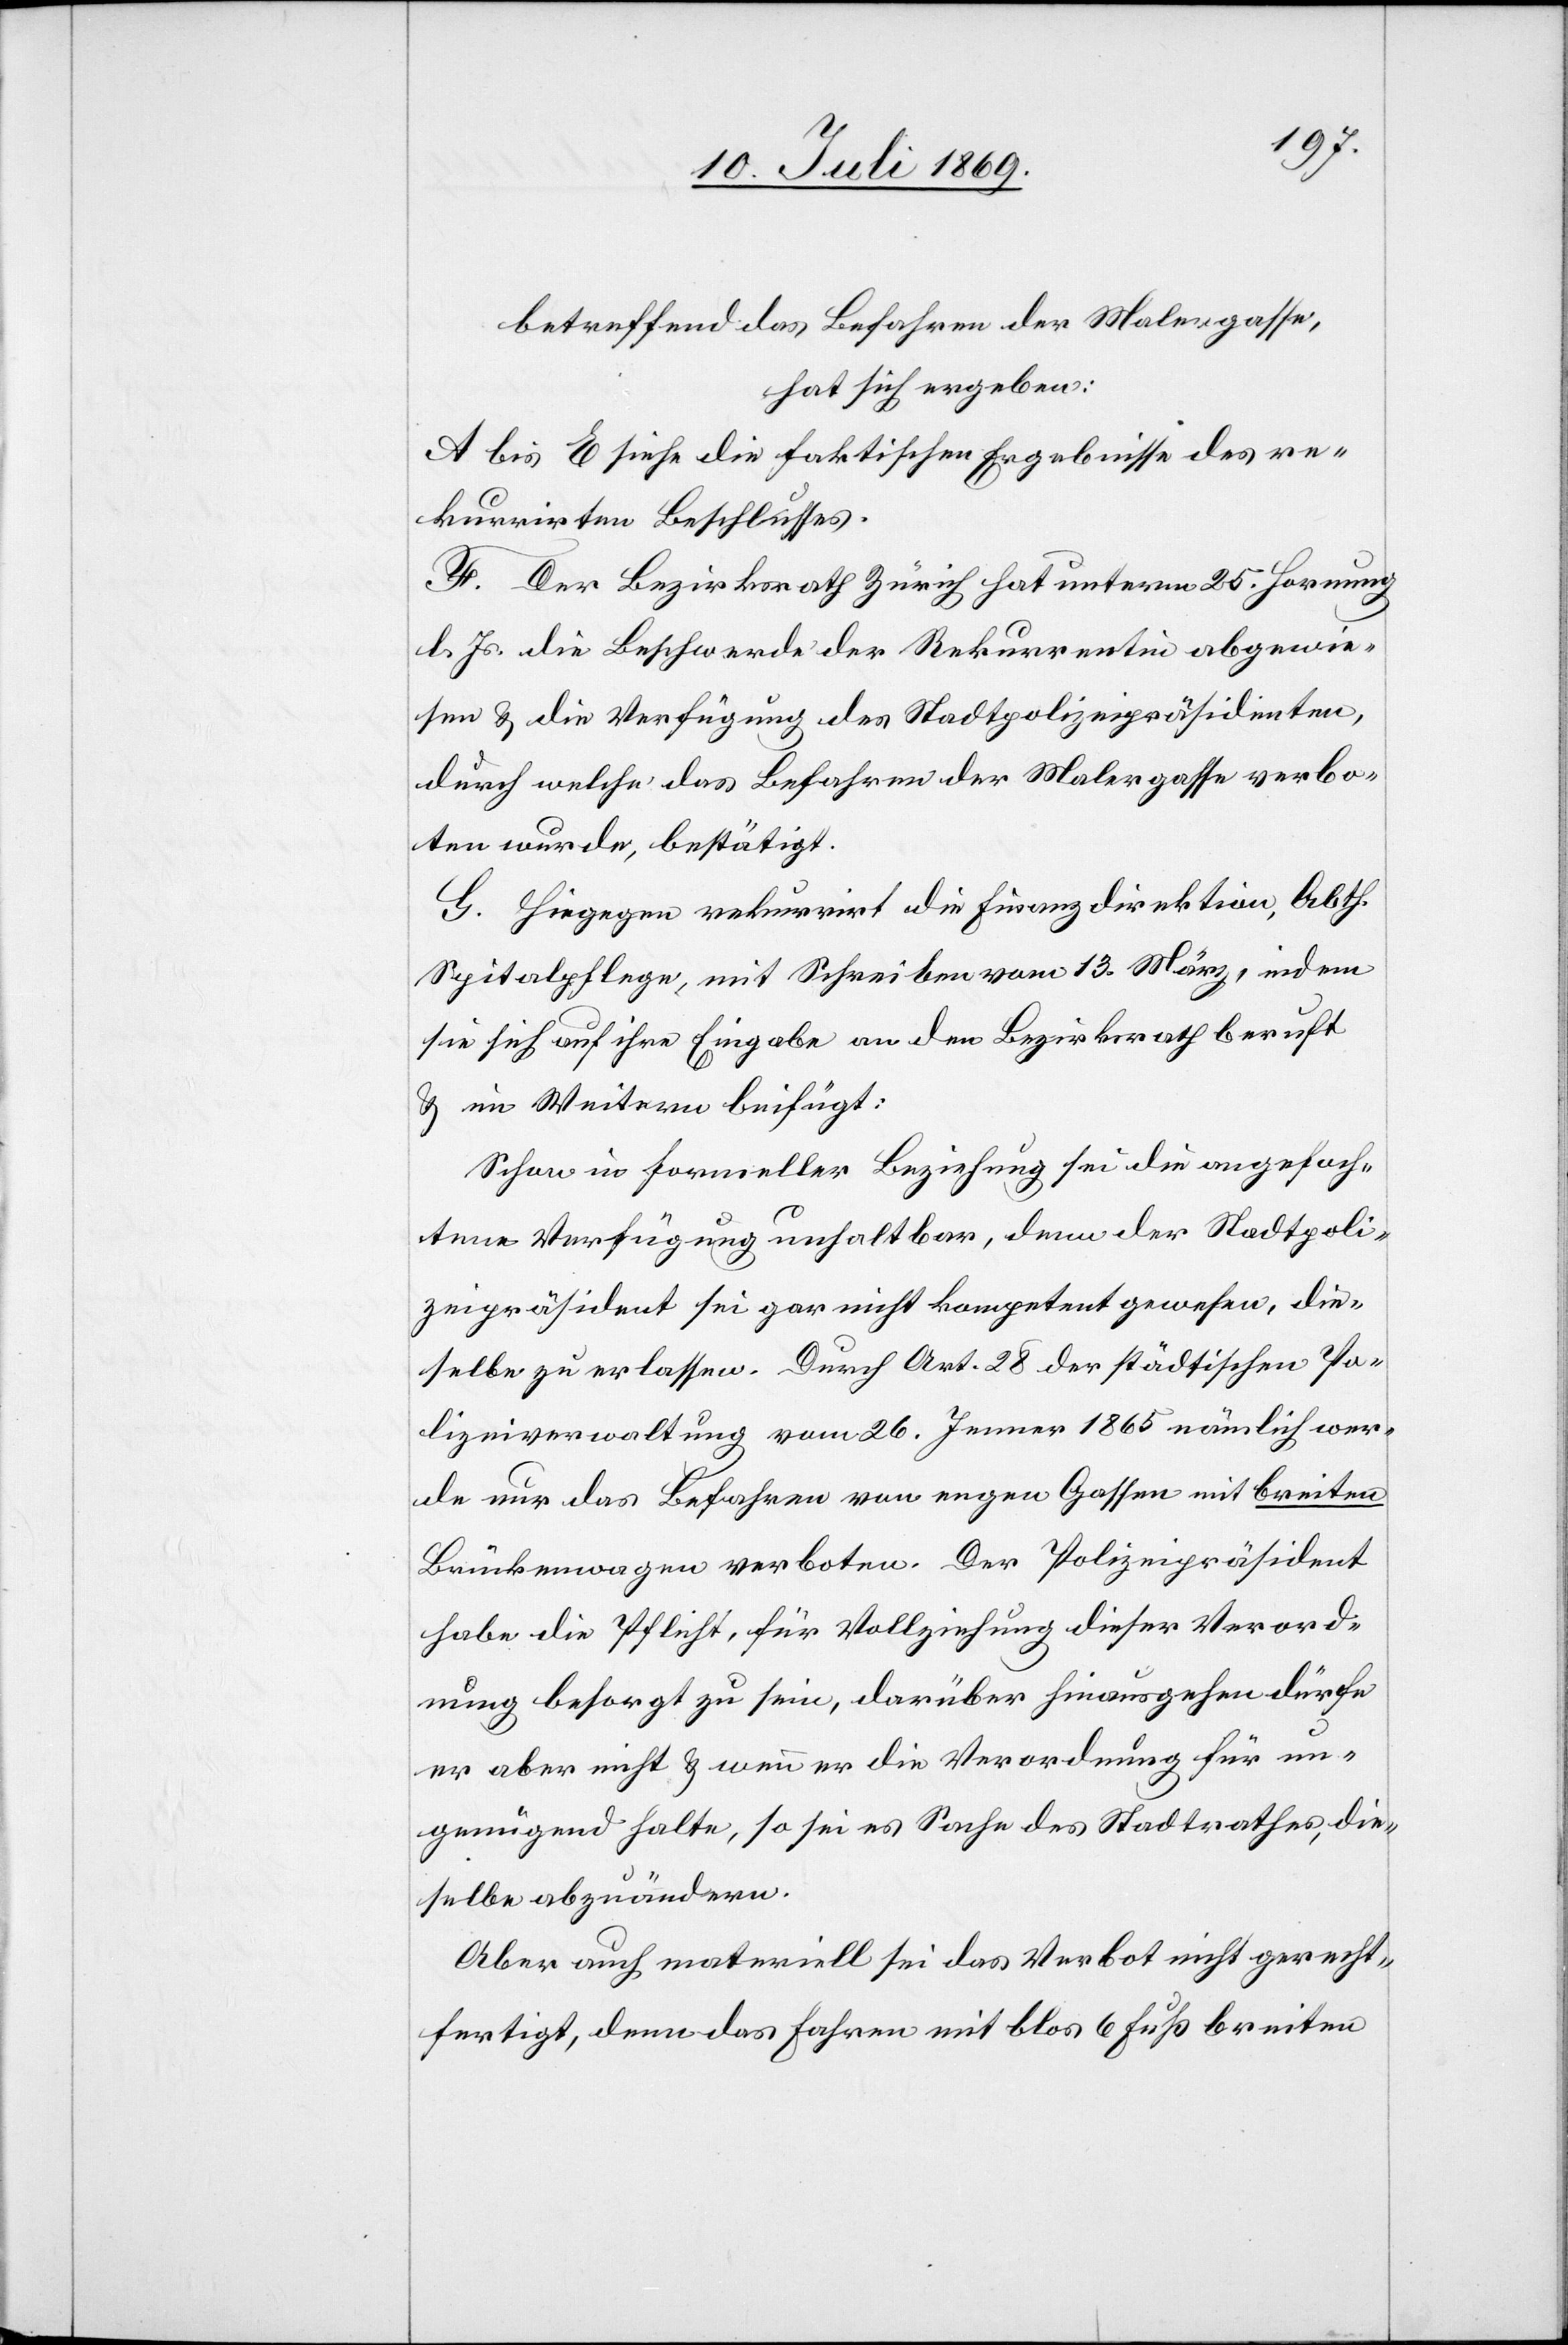
betreffend das Begehren der Malergasse,
hat sich ergeben:
A bis E siehe die faktischen Ergebnisse des re¬
kurrirten Beschlusses.
F. Der Bezirksrath Zürich hat unterm 25 Hornung
l. Js. die Beschwerde der Rekurrentin abgewie¬
sen u. die Verfügung des Stadtpolizeipräsidenten,
durch welche das Befahren der Malergasse verbo¬
ten wurde, bestätigt.
G. Hiegegen rekurrirt die Finanzdirektion, Abth.
Spitalpflege, mit Schreiben vom 13 März, indem
sie sich auf ihre Eingabe an den Bezirksrath beruft
u. im Weitern beifügt:
Schon in formeller Beziehung sei die angefoch¬
tene Verfügung unhaltbar, denn der Stadtpoli¬
zeipräsident sei gar nicht kompetent gewesen, die¬
selbe zu erlassen. Durch Art. 28 der städtischen Po¬
lizeiverwaltung vom 26 Jenner 1865 nämlich wer¬
de nur das Begehren von engen Gassen mit breiten
Brückenwagen verboten. Der Polizeipräsident
habe die Pflicht, für Vollziehung dieser Verord¬
nung besorgt zu sein, darüber hinausgehen dürfe
er aber nicht u. wenn er die Verordnung für un¬
genügend halte, so sei es Sache des Stadtrathes, die¬
selbe abzuändern.
Aber auch materiell sei das Verbot nicht gerecht¬
fertigt, denn das Fahren mit blos 6 Fuß breiten